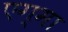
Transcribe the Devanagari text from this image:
एग्मा